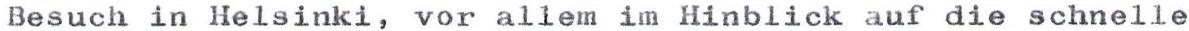
Besuch in Helsinki, vor allem im Hinblick auf die schnelle